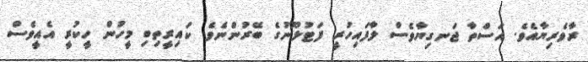
ރާވެރިޔާއެވެ. އަސްތާ ޖަނގިޔާވެސް ލާފައިހުރީ ފަޓުލޫނުގެ ބޭރުންނެވެ. ކައިރީތިބި މީހުން ހީކުރީ އެއީވެސް